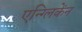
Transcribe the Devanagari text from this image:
एन्ग्लिकेंन